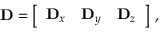
\mathbf D = \left[ \begin{array} { l l l } { \mathbf D _ { x } } & { \mathbf D _ { y } } & { \mathbf D _ { z } } \end{array} \right] \, ,